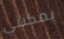
يمكنني